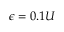
\epsilon = 0 . 1 U